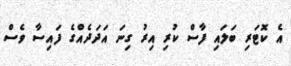
އެ ކޮޓަރި ބަލައި ފާސް ކުރި އިރު ގިނަ އަދަދެއްގެ ފައިސާ ވެސް